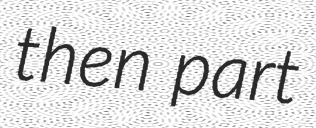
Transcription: then part